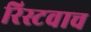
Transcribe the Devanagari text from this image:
रिस्टवाच